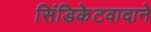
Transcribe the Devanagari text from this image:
सिंडिकेटवादाने